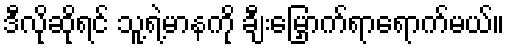
ဒီလိုဆိုရင် သူ့ရဲ့မာနကို ချီးမြှောက်ရာရောက်မယ်။